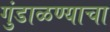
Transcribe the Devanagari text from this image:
गुंडाळण्याचा